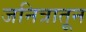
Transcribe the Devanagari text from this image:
जनित्रातून